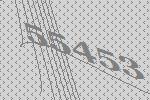
55453